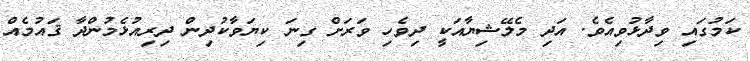
ކަމުގައި ވިދާޅުވިއެވެ. އަދި މެލޭޝިޔާއަކީ ދިވެހި ވަރަށް ގިނަ ކިޔަވާކުދިން ދިރިއުޅެމުންދާ ޤައުމެއް